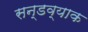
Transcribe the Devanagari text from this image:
सन्डव्याक